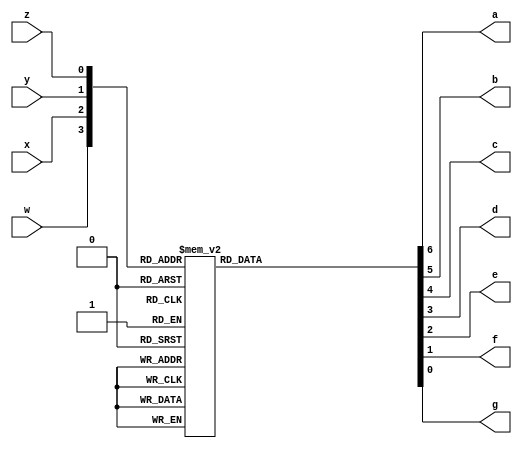
/** 4 bit binary to 7 segment encoder
    - hex output
    - active low
    
    @Param z least significant
    @Param w most significant
    @Return 1-9 A-F
*/
module bit4To7seg_singleDigit(
        input w,x,y,z,
        output reg a,b,c,d,e,f,g
    );
    always @ (w,x,y,z) begin
        case ({w,x,y,z})
            4'b0000: {a,b,c,d,e,f,g} = 7'b0000001; //0
            4'b0001: {a,b,c,d,e,f,g} = 7'b1001111; //1
            4'b0010: {a,b,c,d,e,f,g} = 7'b0010010; //2
            4'b0011: {a,b,c,d,e,f,g} = 7'b0000110; //3
            4'b0100: {a,b,c,d,e,f,g} = 7'b1001100; //4
            4'b0101: {a,b,c,d,e,f,g} = 7'b0100100; //5
            4'b0110: {a,b,c,d,e,f,g} = 7'b0100000; //6
            4'b0111: {a,b,c,d,e,f,g} = 7'b0001111; //7
            4'b1000: {a,b,c,d,e,f,g} = 7'b0000000; //8
            4'b1001: {a,b,c,d,e,f,g} = 7'b0001100; //9
            4'b1010: {a,b,c,d,e,f,g} = 7'b0001000; //A
            4'b1011: {a,b,c,d,e,f,g} = 7'b1100000; //b
            4'b1100: {a,b,c,d,e,f,g} = 7'b0110001; //C
            4'b1101: {a,b,c,d,e,f,g} = 7'b1000010; //d
            4'b1110: {a,b,c,d,e,f,g} = 7'b0110000; //E
            4'b1111: {a,b,c,d,e,f,g} = 7'b0111000; //F
        endcase
    end
endmodule